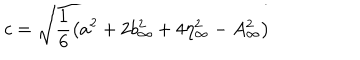
LaTeX: c = \sqrt { \frac { 1 } { 6 } \left( a ^ { 2 } + 2 b _ { \infty } ^ { 2 } + 4 \eta _ { \infty } ^ { 2 } - A _ { \infty } ^ { 2 } \right) }